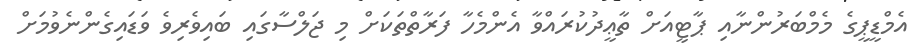
އެމްޑީޕީގެ މެމްބަރުންނާއި ޕާޓީއަށް ތާޢީދުކުރައްވާ އެންމެހާ ފަރާތްތަކަށް މި ޖަލްސާގައި ބައިވެރިވެ ވަޑައިގެންނެވުމަށް